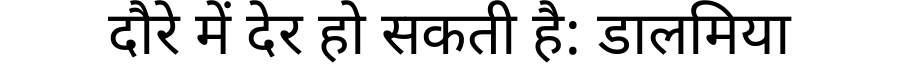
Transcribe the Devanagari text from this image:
दौरे में देर हो सकती है: डालमिया